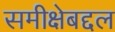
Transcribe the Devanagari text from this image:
समीक्षेबद्दल